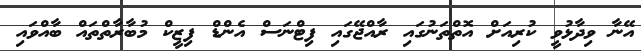
އޭނާ ވިދާޅުވީ ކުރިއަށް އޮތްތަނުގައި ރާއްޖޭގައި ފިޓްނަސް އެންޑް ފިޒީކް މުބާރާތްތައް ބާއްވައި